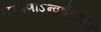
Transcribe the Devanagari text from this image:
लक्ष्मणोऽन्वर्थनामा।